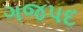
ગજપદ